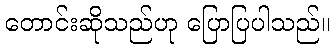
တောင်းဆိုသည်ဟု ပြောပြပါသည်။